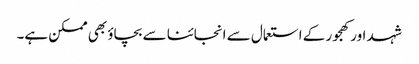
شہد اور کھجور کے استعمال سے انجائنا سے بچاؤ بھی ممکن ہے۔